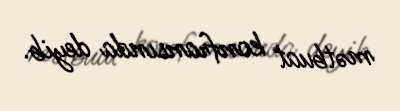
mətbuat konfransında deyib.